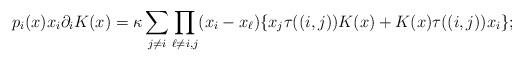
LaTeX: \begin{align*}p_{i}(x) x_{i}\partial_{i}K(x) =\kappa\sum_{j\neq i}\prod\limits_{\ell\neq i,j}(x_{i}-x_{\ell}) \{ x_{j}\tau((i,j)) K(x) +K(x) \tau((i,j)) x_{i}\};\end{align*}